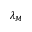
\lambda _ { M }